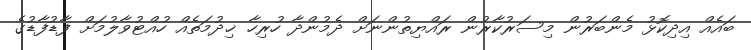
ބައެއް އިދިކޮޅު މެންބަރުން މިސަރުކާރުން ރައްޔިތުންނަށް ދެމުންދާ ހުރިހާ ޚިދުމަތެއް ހުއްޓުވާލުމަށް ފާޑުފާޑުގެ